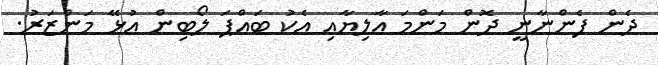
ދެން ފެންނާނީ ދޮން މަންމަ އާލިޔާއި އެކު ބައްޕަ ލޯބިން އުޅޭ މަންޒަރު.